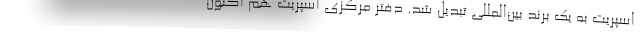
اسپریت به یک برند بین‌المللی تبدیل شد. دفتر مرکزی اسپریت هم اکنون